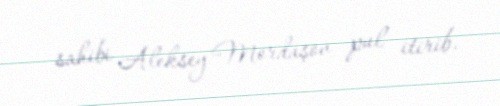
sahibi Aleksey Mordaşov pul itirib.